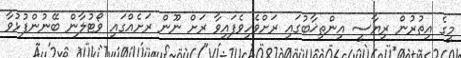
މީގެ އިތުރުން ރިޔާސީ އިންތިޚާބުގައި ރަށްވެހިވެފައިވާ ރަށް ނޫން ރަށެއްގައި ވޯޓުލާން ބޭނުންފުޅުވާ